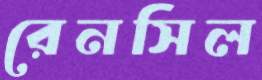
রেনসিল